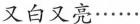
得又白又亮······